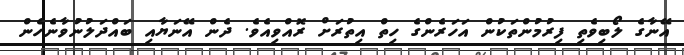
އޭނާގެ ލޯބިވެތި ފިރުމުންތަކުން އަހަރެންގެ ހިތް އިތުރަށް ރޮއްވިއެވެ. ދެން އޭނަޔާއި ބައްދަލުނުވާނެހެން